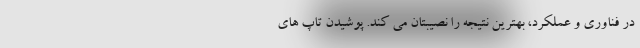
در فناوری و عملکرد، بهترین نتیجه را نصیبتان می کند. پوشیدن تاپ های